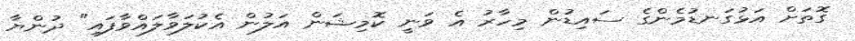
ގޮތަށް އަޅުގަނޑުމެންގެ ސައިޑުން މިހާރު އެ ވަނީ ކޮމިޝަން އަލުން އެކުލަވާލައްވާފައި" ދުންޔާ